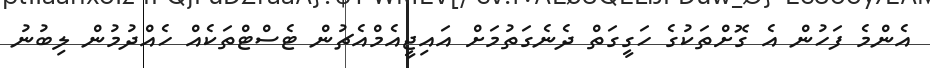
އެންމެ ފަހުން އެ ގޮށްތަކުގެ ހަގީގަތް ދެނެގަތުމަށް އައިޖީއެމްއެޗުން ޓެސްޓްތަކެއް ހެއްދުމުން ލިބުނު